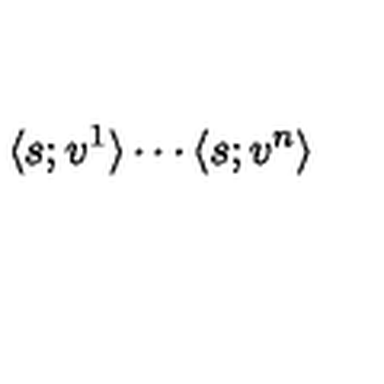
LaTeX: \langle s ; v ^ { 1 } \rangle \cdots \langle s ; v ^ { n } \rangle